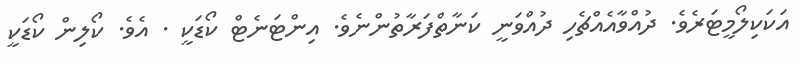
އަކަކިލޯމީޓަރެވެ. ދުއްވާއެއްޗެހި ދުއްވަނީ ކަނާތްފަރާތުންނެވެ. އިންޓަނެޓް ކޯޑަކީ . އެވެ. ކޯލިން ކޯޑަކީ